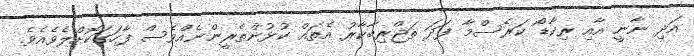
އަދި ނާނީ އާއި ރިކާޑޯ ކަރެސްމާ ފަދަ ތަޖްރިބާކާރު އެތައް ކުޅުންތެރީންނެއްވެސް ފާހަގަކޮށްލެވެއެވެ.